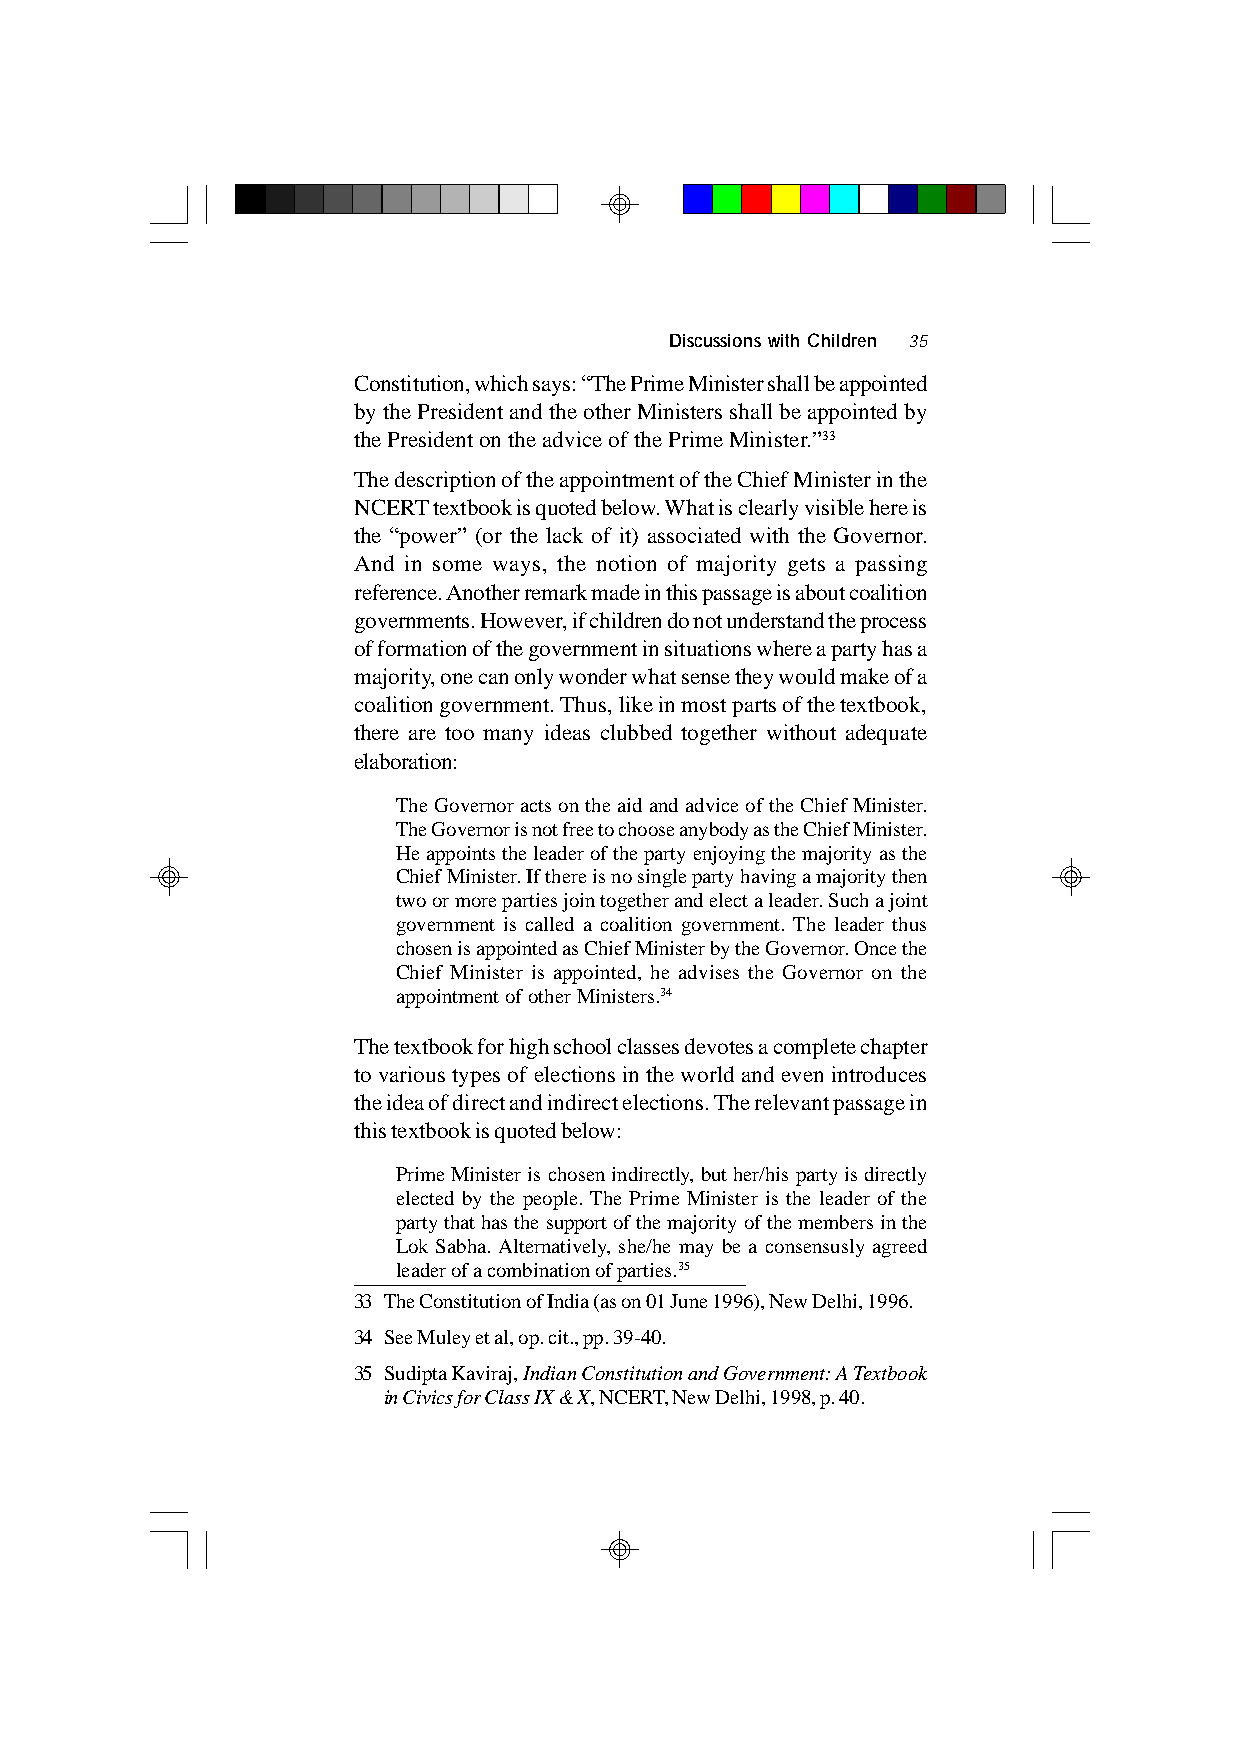
Discussions with Children 35
 Constitution, which says: “The Prime Minister shall be appointed
 by the President and the other Ministers shall be appointed by
 the President on the advice of the Prime Minister.”33
 The description of the appointment of the Chief Minister in the
 NCERT textbook is quoted below. What is clearly visible here is
 the “power” (or the lack of it) associated with the Governor.
 And in some ways, the notion of majority gets a passing
 reference. Another remark made in this passage is about coalition
 governments. However, if children do not understand the process
 of formation of the government in situations where a party has a
 majority, one can only wonder what sense they would make of a
 coalition government. Thus, like in most parts of the textbook,
 there are too many ideas clubbed together without adequate
 elaboration:
 The Governor acts on the aid and advice of the Chief Minister.
 The Governor is not free to choose anybody as the Chief Minister.
 He appoints the leader of the party enjoying the majority as the
 Chief Minister. If there is no single party having a majority then
 two or more parties join together and elect a leader. Such a joint
 government is called a coalition government. The leader thus
 chosen is appointed as Chief Minister by the Governor. Once the
 Chief Minister is appointed, he advises the Governor on the
 appointment of other Ministers.34
 The textbook for high school classes devotes a complete chapter
 to various types of elections in the world and even introduces
 the idea of direct and indirect elections. The relevant passage in
 this textbook is quoted below:
 Prime Minister is chosen indirectly, but her/his party is directly
 elected by the people. The Prime Minister is the leader of the
 party that has the support of the majority of the members in the
 Lok Sabha. Alternatively, she/he may be a consensusly agreed
 leader of a combination of parties.35
 33 The Constitution of India (as on 01 June 1996), New Delhi, 1996.
 34 See Muley et al, op. cit., pp. 39-40.
 35 Sudipta Kaviraj, Indian Constitution and Government: A Textbook
 in Civics for Class IX & X, NCERT, New Delhi, 1998, p. 40.